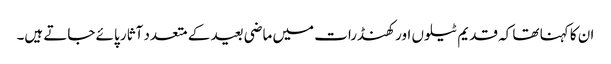
ان کا کہنا تھا کہ قدیم ٹیلوں اور کھنڈرات میں ماضی بعید کے متعدد آثار پائے جاتے ہیں۔